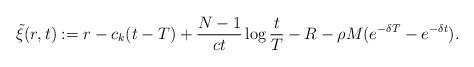
LaTeX: \begin{align*}\tilde\xi(r,t):=r-c_{k}(t-T)+\frac{N-1}{ct}\log \frac{t}T -R-\rho M (e^{-\delta T}-e^{-\delta t}).\end{align*}